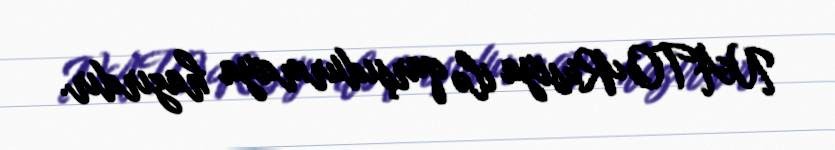
NATO Rusiya ilə qarşıdurmaya hazırdır.